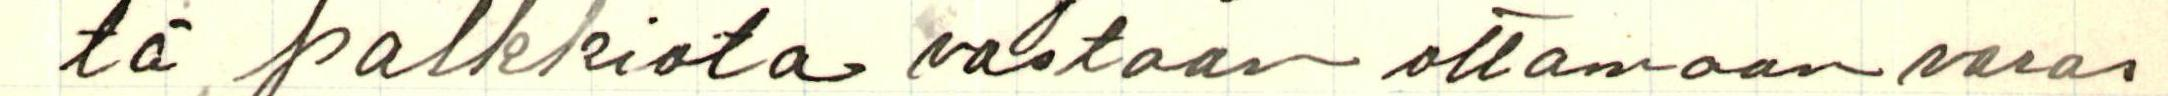
tä palkkiota vastaan ottamaan varas